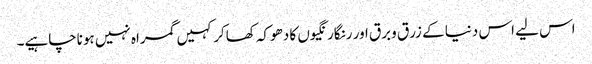
اس لیے اس دنیا کے زرق وبرق اور رنگارنگیوں کا دھوکہ کھاکر کہیں گمراہ نہیں ہوناچاہیے۔